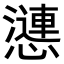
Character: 𢣣